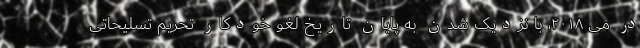
در می ۲۰۱۸، با نزدیک شدن به پایان تاریخ لغو خودکار تحریم تسلیحاتی